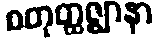
စတုတ္ထဇ္ဈာနာ